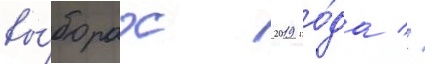
вы́борах 2019 го́да //